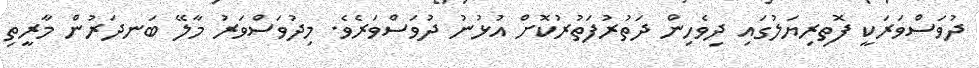
ދުވަސްވަރަކީ ފޮތިރިޔަލުގައި ދިވެހިން ދަތުރުފަތުރުކޮށް އުޅުނު ދުވަސްވަރެވެ. މިދުވަސްވަރު މާލޭ ބަނދަރުން މާރީތި